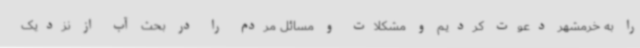
را به خرمشهر دعوت کردیم و مشکلات و مسائل مردم را در بحث آب از نزدیک